Annual report of the Punjab Veterinary College and of the Civil Veterinary Department, Punjab - 1926-1932
Year: 1926
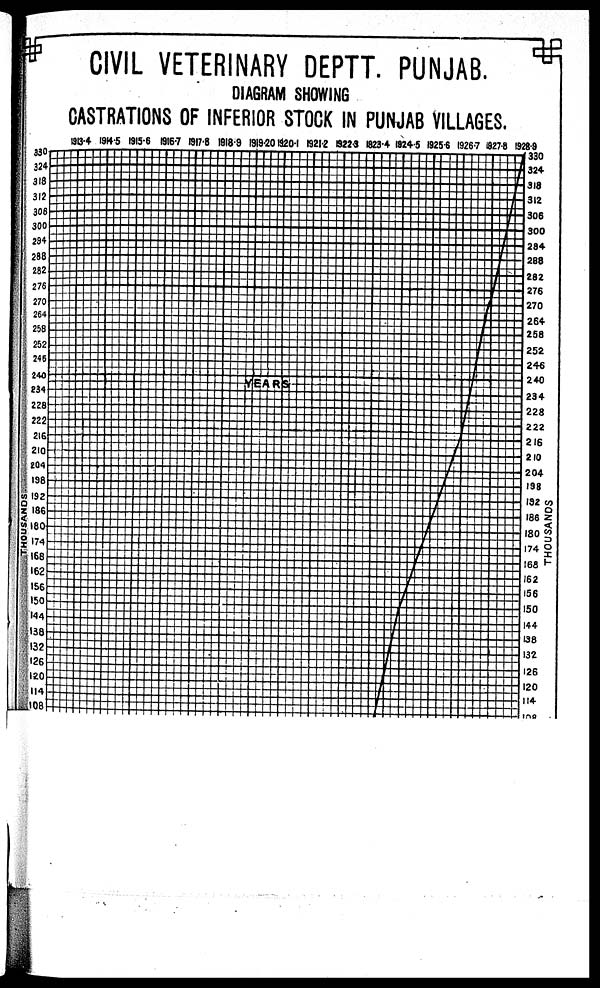
CIVIL VETERINARY DEPTT. PUNJAB.
DIAGRAM SNOWING
CASTRATIONS OF INFERIOR STOCK IN PUNJAB VILLAGES.